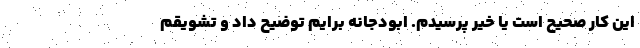
این کار صحیح است یا خیر پرسیدم. ابودجانه برایم توضیح داد و تشویقم